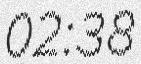
02:38